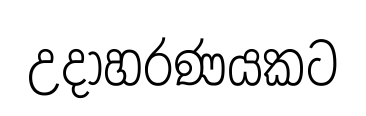
උදාහරණයකට